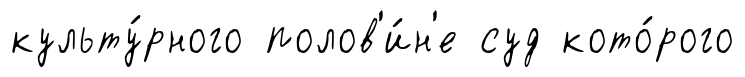
культу́рного полов'и́н'е суд кото́рого